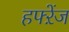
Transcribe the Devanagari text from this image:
हफ्ऱेंज